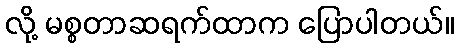
လို့ မစ္စတာဆရက်ထာက ပြောပါတယ်။